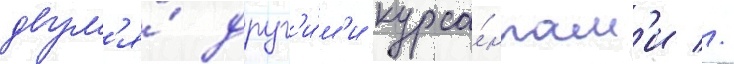
двум'я́ друг'и́м'и курса́нтам'и //